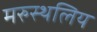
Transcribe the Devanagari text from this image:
मरुस्थलिय